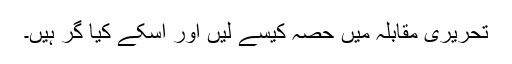
تحریری مقابلہ میں حصہ کیسے لیں اور اسکے کیا گر ہیں۔